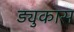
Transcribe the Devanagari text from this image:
ड्युकास